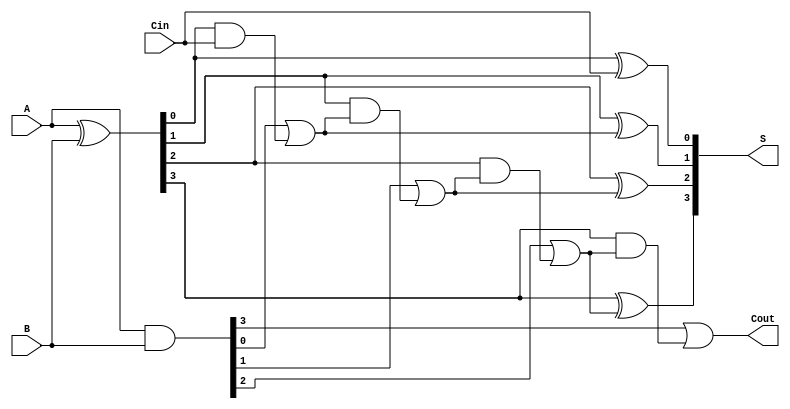
module LingAdder #(
    parameter N = 4  // Number of bits
)(
    input [N-1:0] A,       // First n-bit input
    input [N-1:0] B,       // Second n-bit input
    input Cin,             // Carry-in
    output [N-1:0] S,      // Sum output
    output Cout            // Carry-out
);
    wire [N-1:0] G;        // Generate signals
    wire [N-1:0] P;        // Propagate signals
    wire [N:0] C;          // Carry signals

    // Generate and propagate signals
    assign G = A & B;                 // Generate
    assign P = A ^ B;                 // Propagate

    // Carry signals
    assign C[0] = Cin;                // Initial carry-in
    genvar i;
    generate
        for (i = 0; i < N; i = i + 1) begin : carry_logic
            assign C[i+1] = G[i] | (P[i] & C[i]); // Carry-out calculation
        end
    endgenerate

    // Sum calculation
    generate
        for (i = 0; i < N; i = i + 1) begin : sum_logic
            assign S[i] = P[i] ^ C[i]; // Sum calculation
        end
    endgenerate

    // Carry-out from the last bit
    assign Cout = C[N];

endmodule